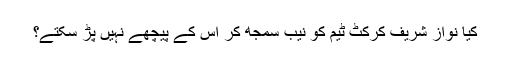
کیا نواز شریف کرکٹ ٹیم کو نیب سمجھ کر اس کے پیچھے نہیں پڑ سکتے؟